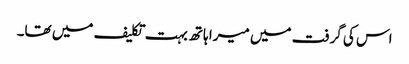
اس کی گرفت میں میرا ہاتھ بہت تکلیف میں تھا۔